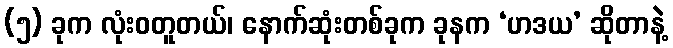
(၅) ခုက လုံးဝတူတယ်၊ နောက်ဆုံးတစ်ခုက ခုနက ‘ဟဒယ’ ဆိုတာနဲ့